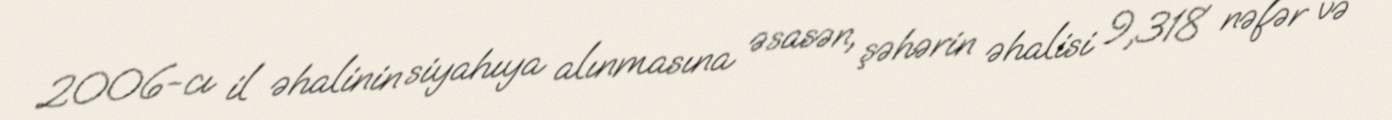
2006-cı il əhalinin siyahıya alınmasına əsasən, şəhərin əhalisi 9,318 nəfər və